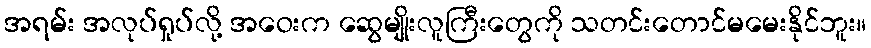
အရမ်း အလုပ်ရှုပ်လို့ အဝေးက ဆွေမျိုးလူကြီးတွေကို သတင်းတောင်မမေးနိုင်ဘူး။